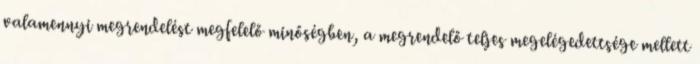
valamennyi megrendelést megfelelő minőségben, a megrendelő teljes megelégedettsége mellett